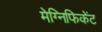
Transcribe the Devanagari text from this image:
मेग्निफिकेंट